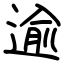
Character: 逾